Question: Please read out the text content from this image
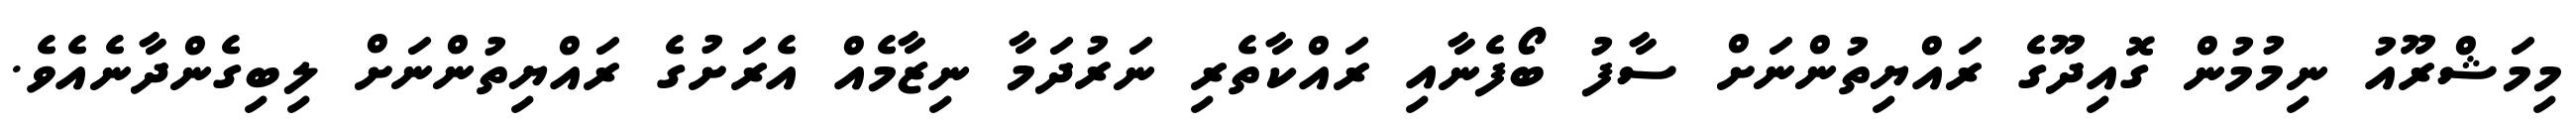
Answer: މިމަޝްރޫއު ނިމުމުން ގޮއިދޫގެ ރައްޔިތުންނަށް ސާފު ބޯފެނާއި ރައްކާތެރި ނަރުދަމާ ނިޒާމެއް އެރަށުގެ ރައްޔިތުންނަށް ލިބިގެންދާނެއެވެ.